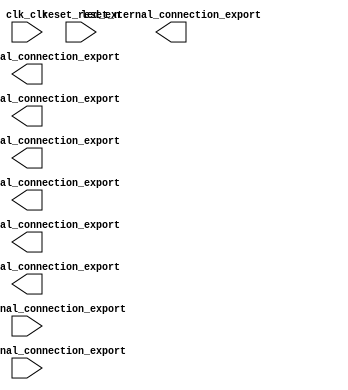

module nios (
	clk_clk,
	reset_reset_n,
	button_external_connection_export,
	switch_external_connection_export,
	led_external_connection_export,
	hex0_external_connection_export,
	hex1_external_connection_export,
	hex2_external_connection_export,
	hex3_external_connection_export,
	hex4_external_connection_export,
	hex5_external_connection_export);	

	input		clk_clk;
	input		reset_reset_n;
	input	[3:0]	button_external_connection_export;
	input	[9:0]	switch_external_connection_export;
	output	[9:0]	led_external_connection_export;
	output	[6:0]	hex0_external_connection_export;
	output	[6:0]	hex1_external_connection_export;
	output	[6:0]	hex2_external_connection_export;
	output	[6:0]	hex3_external_connection_export;
	output	[6:0]	hex4_external_connection_export;
	output	[6:0]	hex5_external_connection_export;
endmodule